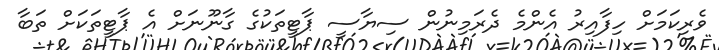
ވެރިކަމަށް ހިފާއިރު އެންމެ ދެރަމިނުން ސިޔާސީ ޕާޓީތަކުގެ ގާނޫނަށް އެ ޕާޓީތަކަށް ތަބާ